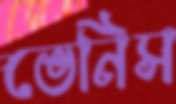
ভেনিস